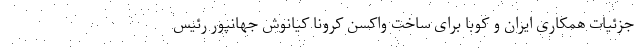
جزئیات همکاری ایران و کوبا برای ساخت واکسن کرونا کیانوش جهانپور رئیس